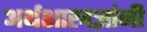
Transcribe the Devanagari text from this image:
अर्थशास्त्रज्ञांनी